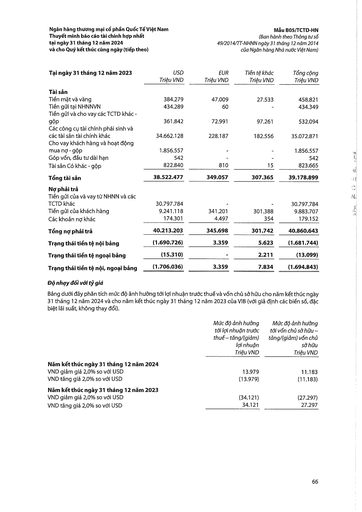
|Tại ngày 31 tháng 12 năm 2023|USD Triệu VND|EUR Triệu VND|Tiền tệ khác Triệu VND|Tổng cộng Triệu VND| |---|---|---|---|---| |Tài sản||||| |Tiền mặt và vàng|384.279|47.009|27.533|458.821| |Tiền gửi tại NHNNVN|434.289|60||434.349| |Tiền gửi và cho vay các TCTD khác góp|361.842|72.991|97.261|532.094| |Các công cụ tài chính phái sinh và các tài sản tài chính khác|34.662.128|228.187|182.556|35.072.871| |Cho vay khách hàng và hoạt động mua nợ góp|1.856.557|-|-|1.856.557| |Góp vốn, đầu tư dài hạn|542|-|-|542| |Tài sản Có khác góp|822.840|810|15|823.665| |Tổng tài sản|38.522.477|349.057|307.365|39.178.899| |Nợ phải trả||||| |Tiền gửi của và vay từ NHNN và các||||| |TCTD khác|30.797.784||-|30.797.784| |Tiền gửi của khách hàng|9.241.118|341.201|301.388|9.883.707| |Các khoản nợ khác|174.301|4.497|354|179.152| |Tổng nợ phải trả|40.213.203|345.698|301.742|40.860.643| |Trạng thái tiền tệ nội bảng|(1.690.726)|3.359|5.623|(1.681.744)| |Trạng thái tiền tệ ngoại bảng|(15.310)||2.211|(13.099)| |Trạng thái tiền tệ nội, ngoại bảng|(1.706.036)|3.359|7.834|(1.694.843)| ||Mức độ ảnh hưởng tới lợi nhuận trước thuế tăng/(giảm) lãi nhuận Triệu VND|Mức độ ảnh hưởng tới vốn chủ sở hữu tăng/(giảm) vốn chủ sở hữu Triệu VND| |---|---|---| |Năm kết thúc ngày 31 tháng 12 năm 2024||| |VND giảm giá 2,0% so với USD|13.979|11.183| |VND tăng giá 2,0% so với USD|(13.979)|(11.183)| |Năm kết thúc ngày 31 tháng 12 năm 2023||| |VND giảm giá 2,0% so với USD|(34.121)|(27.297)| |VND tăng giá 2,0% so với USD|34.121|27.297|